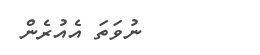
ނުވަތަ އެއުރެން